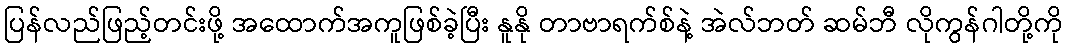
ပြန်လည်ဖြည့်တင်းဖို့ အထောက်အကူဖြစ်ခဲ့ပြီး နူနို တာဗာရက်စ်နဲ့ အဲလ်ဘတ် ဆမ်ဘီ လိုကွန်ဂါတို့ကို